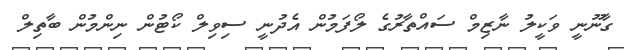
ގާނޫނީ ވަކީލު ނާޒިމް ސައްތާރުގެ ލޯފަމުން އެދުނީ ސިވިލް ކޯޓުން ނިންމުން ބާތިލް